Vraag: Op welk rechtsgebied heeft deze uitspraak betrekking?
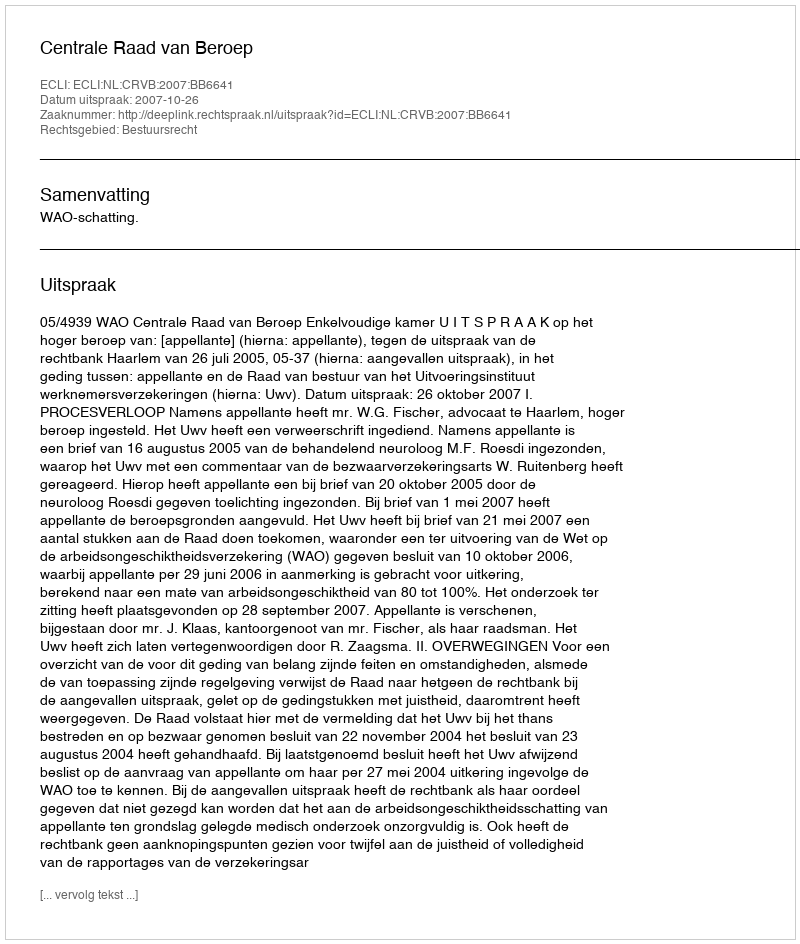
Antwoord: Bestuursrecht